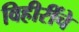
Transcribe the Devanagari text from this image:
विहीरींचे